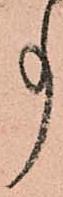
事